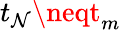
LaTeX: t_{\mathcal{N}}\neqt_{m}